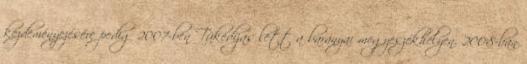
kezdeményezésére pedig 2007-ben Tükedíjas lett a baranyai megyeszékhelyen. 2008-ban